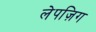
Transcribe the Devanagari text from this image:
लेपज़िग